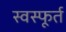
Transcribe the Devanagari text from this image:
स्वस्फूर्त